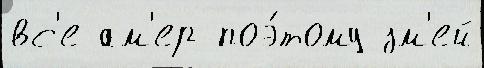
вс'е ам'ер поэ́тому зм'ей